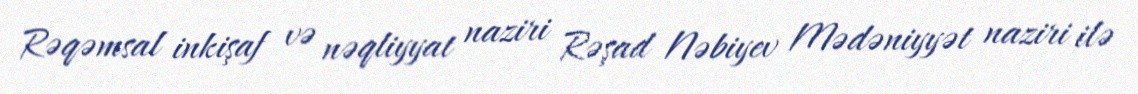
Rəqəmsal inkişaf və nəqliyyat naziri Rəşad Nəbiyev Mədəniyyət naziri ilə